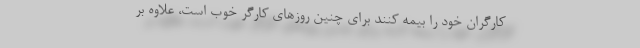
کارگران خود را بیمه کنند برای چنین روزهای کارگر خوب است، علاوه بر